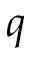
q